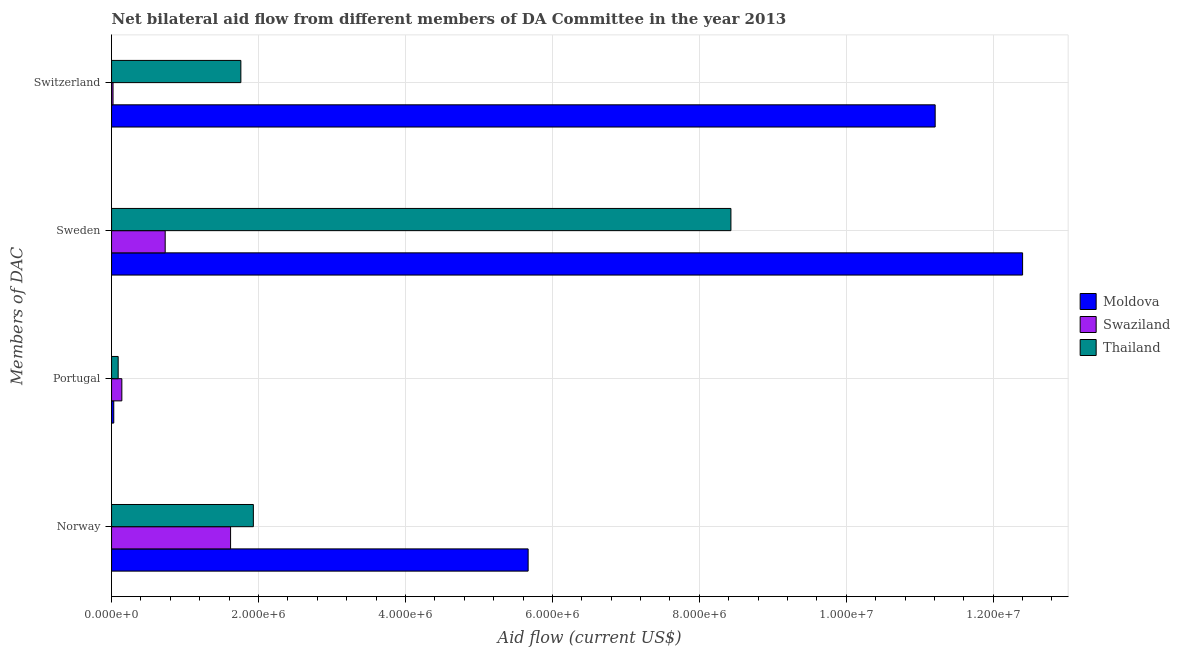
| Members of DAC | Moldova | Swaziland | Thailand |
 | --- | --- | --- | --- |
 | Norway | 5.67e+06 | 1.62e+06 | 1.93e+06 |
 | Portugal | 3e+04 | 1.4e+05 | 9e+04 |
 | Sweden | 1.24e+07 | 7.3e+05 | 8.43e+06 |
 | Switzerland | 1.12e+07 | 2e+04 | 1.76e+06 |